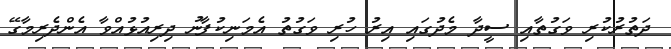
ދަތުރުކުރި ވަގުތާއި ސީދާ މެދުގައި އިރު ހުރި ވަގުތު އެމަނިކުފާނު ދިރިއުޅުއްވާ އެންދެރިމާގޭ